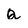
Character: Q